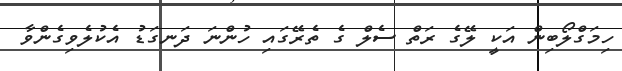
ހިމަގްލޯބިން އަކީ ލޭގެ ރަތް ސެލް ގެ ތެރޭގައި ހުންނަ ދަނގަޑު އެކުލެވިގެންވާ